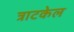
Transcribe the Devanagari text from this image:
त्राटकेल